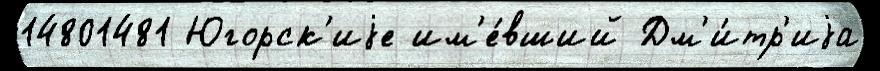
14801481 Югорск'иjе им'е́вший Дм'и́тр'иjа